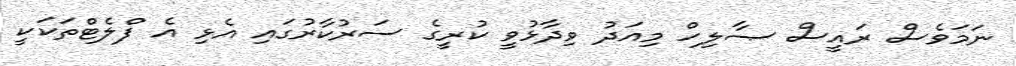
ނަމަވެސް ރައީސް ޞާލިހް މިއަދު ވިދާޅުވީ ކުރީގެ ސަރުކާރުގައި އެޅި އެ ފްލެޓްތަކަކީ